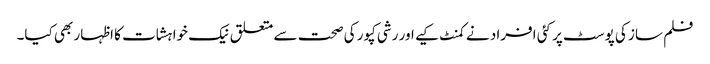
فلم ساز کی پوسٹ پر کئی افراد نے کمنٹ کیے اور رشی کپور کی صحت سے متعلق نیک خواہشات کا اظہار بھی کیا۔